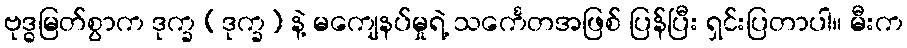
ဗုဒ္ဓမြတ်စွာက ဒုက္ခ (ဒုက္ခ) နဲ့ မကျေနပ်မှုရဲ့ သင်္ကေတအဖြစ် ပြန်ပြီး ရှင်းပြတာပါ။ မီးက